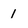
Character: 1